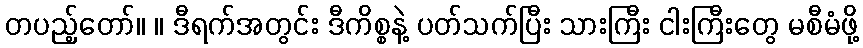
တပည့်တော်။ ။ ဒီရက်အတွင်း ဒီကိစ္စနဲ့ ပတ်သက်ပြီး သားကြီး ငါးကြီးတွေ မစီမံဖို့